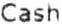
CASH